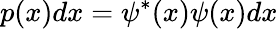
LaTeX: p(x)dx=\psi^{*}(x)\psi(x)dx